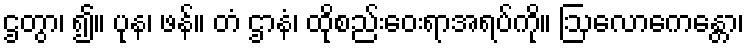
ဌတွာ၊ ၍။ ပုန၊ ဖန်။ တံ ဌာနံ၊ ထိုစည်းဝေးရာအရပ်ကို။ ဩလောကေန္တော၊